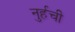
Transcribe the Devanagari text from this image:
नुर्हची